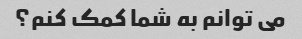
می توانم به شما کمک کنم؟